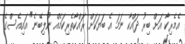
އެމެރިކާ އަށް ބިރު ދައްކާ ނަމަ އެ ބަޔަކަށް ރައްކާތެރިކަމެއް ނުލިބޭނެ" އައިއެސްގެ